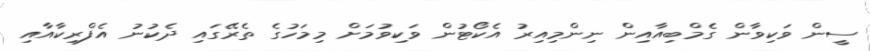
ސީން ވަކިވާން ގެމްބިއާއިން ނިންމިއިރު އެކޯޓުން ވަކިވުމަށް މިމަހުގެ ތެރޭގައި ދެކުނު އެފްރިކާއާއި